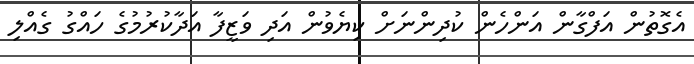
އެގޮތުން އަފްގާން އަންހެން ކުދިންނަށް ކިޔެވުން އަދި ވަޒީފާ އަދާކުރުމުގެ ހައްގު ގެއްލި